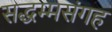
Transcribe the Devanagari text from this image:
सद्धम्मसंगह